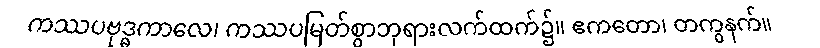
ကဿပဗုဒ္ဓကာလေ၊ ကဿပမြတ်စွာဘုရားလက်ထက်၌။ ဧကတော၊ တကွနက်။